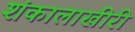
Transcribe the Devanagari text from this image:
शंकालाखीरी